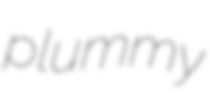
plummy